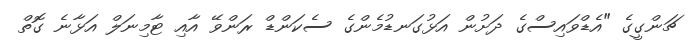
ޗަންގީގެ "އެޑްވައިސްގެ ދަށުން އަޅުގަނޑުމެންގެ ސެކަންޑް ރަންވޭ އާއި ޓާމިނަލް އަޅާނެ ގޮތް